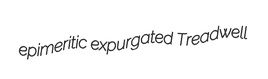
epimeritic expurgated Treadwell